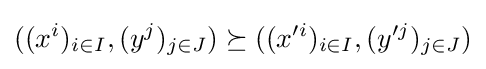
((x^{i})_{i\in I},(y^{j})_{j\in J})\succeq ((x'^{i})_{i\in I},(y'^{j})_{j\in J})